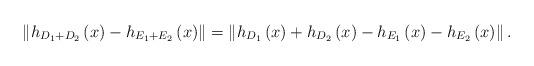
LaTeX: \begin{align*}\left\Vert h_{D_{1}+D_{2}}\left(x\right)-h_{E_{1}+E_{2}}\left(x\right)\right\Vert =\left\Vert h_{D_{1}}\left(x\right)+h_{D_{2}}\left(x\right)-h_{E_{1}}\left(x\right)-h_{E_{2}}\left(x\right)\right\Vert .\end{align*}